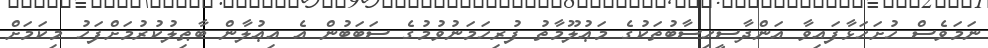
ނަމަވެސް ހުށަހަޅާފައިވާ އަންދާސީހިސާބުތަކުގެ މަޢުލޫމާތު ފުރިހަމަނުވުމުގެ ސަބަބުން އެ އިޢުލާން ބާޠިލުކުރުމަށްފަހު މިކަމަށް